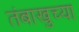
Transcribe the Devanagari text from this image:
तंबाखुच्या